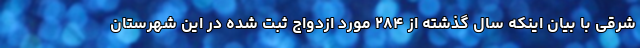
شرقی با بیان اینکه سال گذشته از ۲۸۴ مورد ازدواج ثبت شده در این شهرستان